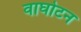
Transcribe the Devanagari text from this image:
वाघोटन